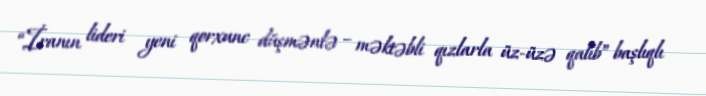
“İranın lideri yeni qorxunc düşmənlə – məktəbli qızlarla üz-üzə qalıb” başlıqlı